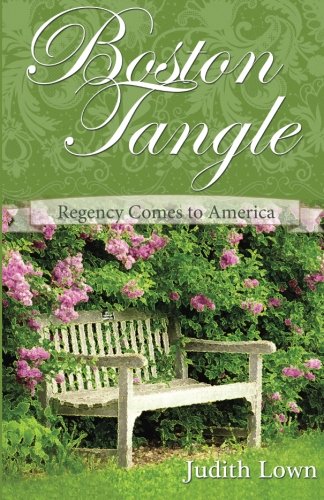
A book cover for Boston Tangle: Regency Comes to America; Judith Lown; Romance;